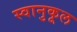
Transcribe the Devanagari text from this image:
स्वानुकूल